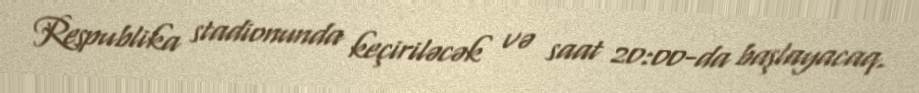
Respublika stadionunda keçiriləcək və saat 20:00-da başlayacaq.